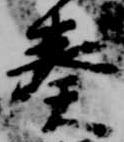
奏